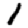
Digit: 1